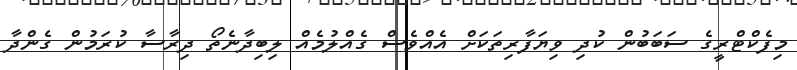
މިފެކްޓްރީގެ ސަބަބުން ކުދި ވިޔަފާރިތަކަށް އެއްވެސް ގެއްލުމެއް ލިބިދާނެތޯ ދިރާސާ ކުރަމުން ގެންދާ